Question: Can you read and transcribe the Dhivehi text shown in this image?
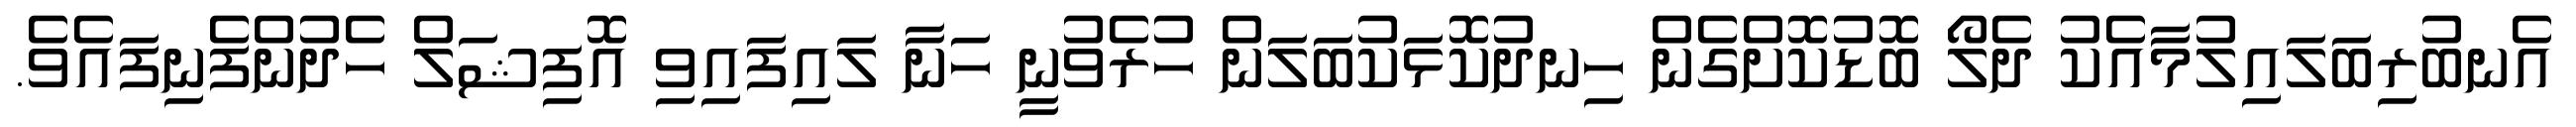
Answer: އެނބުރިބަލައިލުމާއެކު ދެލޯ ބޮޑުކޮށްގެން ހިނދުކޮޅަކުބަލަން ހުރެވުނީ ހަނާ ލައިފައިވި އޮފިޝަލް ހެދުންފެނިފައެވެ.